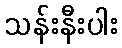
သန်းနီးပါး